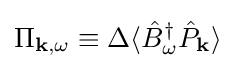
\Pi _{\mathbf {k} ,\omega }\equiv \Delta \langle {\hat {B}}_{\omega }^{\dagger }{\hat {P}}_{\mathbf {k} }\rangle